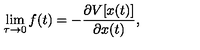
\lim _ { \tau \rightarrow 0 } f ( t ) = - \frac { \partial V [ x ( t ) ] } { \partial x ( t ) } ,